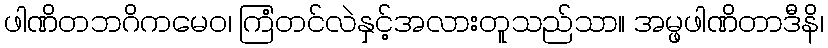
ဖါဏိတဘဂိကမေဝ၊ ကြံတင်လဲနှင့်အလားတူသည်သာ။ အမ္ဖဖါဏိတာဒီနိ၊